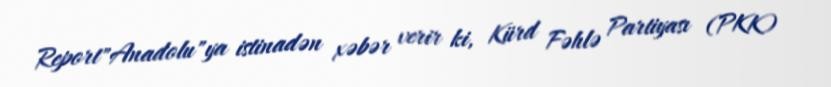
Report"Anadolu"ya istinadən xəbər verir ki, Kürd Fəhlə Partiyası (PKK)